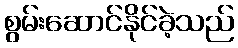
စွမ်းဆောင်နိုင်ခဲ့သည်